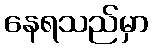
နေရသည်မှာ